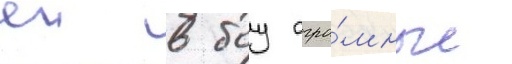
еи в боу огро́мные